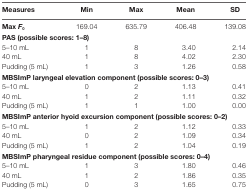
<table><thead><tr><td><b>Measures</b></td><td><b>Min</b></td><td><b>Max</b></td><td><b>Mean</b></td><td><b>SD</b></td></tr></thead><tbody><tr><td>Max <i>F</i><sub>0</sub></td><td>169.04</td><td>635.79</td><td>406.48</td><td>139.08</td></tr><tr><td colspan="5"><b>PAS (possible scores: 1–8)</b></td></tr><tr><td>5–10 mL</td><td>1</td><td>8</td><td>3.40</td><td>2.14</td></tr><tr><td>40 mL</td><td>1</td><td>8</td><td>4.02</td><td>2.30</td></tr><tr><td>Pudding (5 mL)</td><td>1</td><td>3</td><td>1.26</td><td>0.58</td></tr><tr><td colspan="5"><b>MBSImP laryngeal elevation component (possible scores: 0–3)</b></td></tr><tr><td>5–10 mL</td><td>0</td><td>2</td><td>1.13</td><td>0.41</td></tr><tr><td>40 mL</td><td>1</td><td>2</td><td>1.11</td><td>0.32</td></tr><tr><td>Pudding (5 mL)</td><td>1</td><td>1</td><td>1.00</td><td>0.00</td></tr><tr><td colspan="5"><b>MBSImP anterior hyoid excursion component (possible scores: 0–2)</b></td></tr><tr><td>5–10 mL</td><td>1</td><td>2</td><td>1.12</td><td>0.33</td></tr><tr><td>40 mL</td><td>0</td><td>2</td><td>1.09</td><td>0.34</td></tr><tr><td>Pudding (5 mL)</td><td>1</td><td>2</td><td>1.04</td><td>0.19</td></tr><tr><td colspan="5"><b>MBSImP pharyngeal residue component (possible scores: 0–4)</b></td></tr><tr><td>5–10 mL</td><td>1</td><td>3</td><td>1.80</td><td>0.46</td></tr><tr><td>40 mL</td><td>1</td><td>2</td><td>1.86</td><td>0.35</td></tr><tr><td>Pudding (5 mL)</td><td>0</td><td>3</td><td>1.65</td><td>0.75</td></tr></tbody></table>